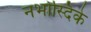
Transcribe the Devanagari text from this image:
नभोस्दिके